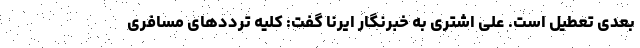
بعدی تعطیل است. علی اشتری به خبرنگار ایرنا گفت: کلیه ترددهای مسافری